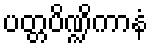
ပတ္တပိဏ္ဍိကာနံ